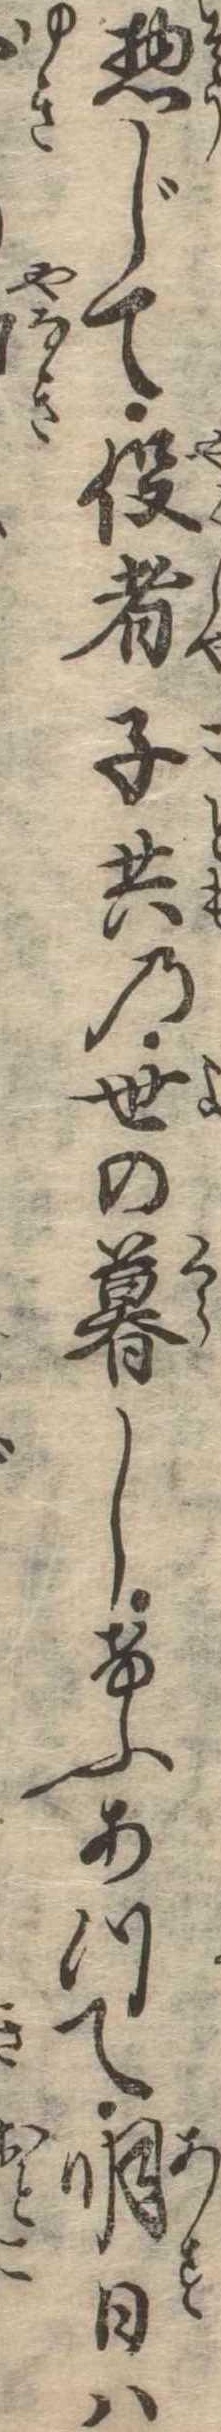
惣じて役者子共の世の暮しけふあつて明日は